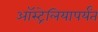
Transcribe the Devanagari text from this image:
ऑस्ट्रेलियापर्यंत